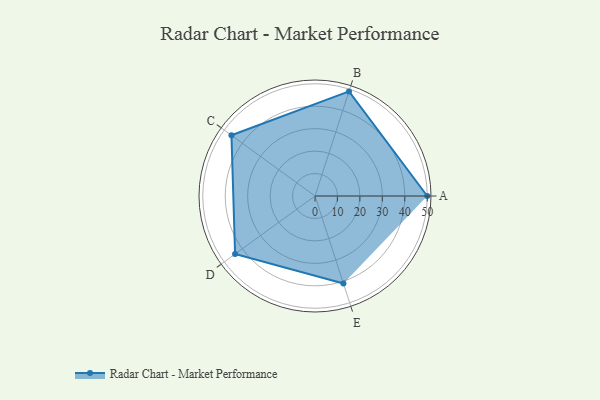
{"axis": {"x": "Skill", "y": "Score"}, "legend": ["Profile"], "data": [{"x": "A", "y": 50.0, "type": "Profile"}, {"x": "B", "y": 49.0, "type": "Profile"}, {"x": "C", "y": 46.0, "type": "Profile"}, {"x": "D", "y": 44.0, "type": "Profile"}, {"x": "E", "y": 41.0, "type": "Profile"}]}